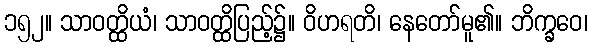
၁၅၂။ သာဝတ္ထိယံ၊ သာဝတ္ထိပြည့်၌။ ဝိဟရတိ၊ နေတော်မူ၏။ ဘိက္ခဝေ၊